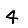
Digit: 4